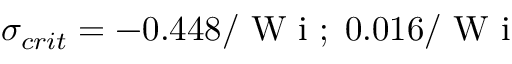
\sigma _ { c r i t } = - 0 . 4 4 8 / \mathrm { ~ W ~ i ~ } ; \; 0 . 0 1 6 / \mathrm { ~ W ~ i ~ }